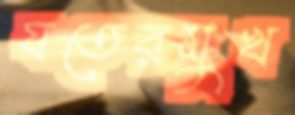
যতেরমুখ